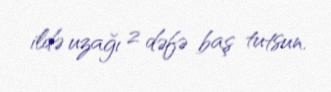
ildə uzağı 2 dəfə baş tutsun.